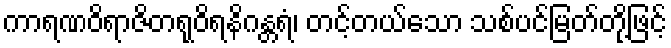
ကာရဏဝိရာဇိတရုဝိရနိဂန္တရံ၊ တင့်တယ်သော သစ်ပင်မြတ်တို့ဖြင့်